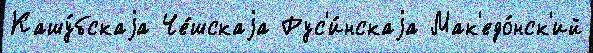
Кашу́бскаjа Че́шскаjа Рус'и́нскаjа Мак'едо́нск'ий